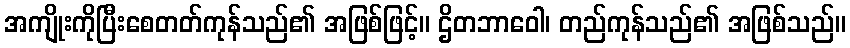
အကျိုးကိုပြီးစေတတ်ကုန်သည်၏ အဖြစ်ဖြင့်။ ဌိတဘာဝေါ၊ တည်ကုန်သည်၏ အဖြစ်သည်။